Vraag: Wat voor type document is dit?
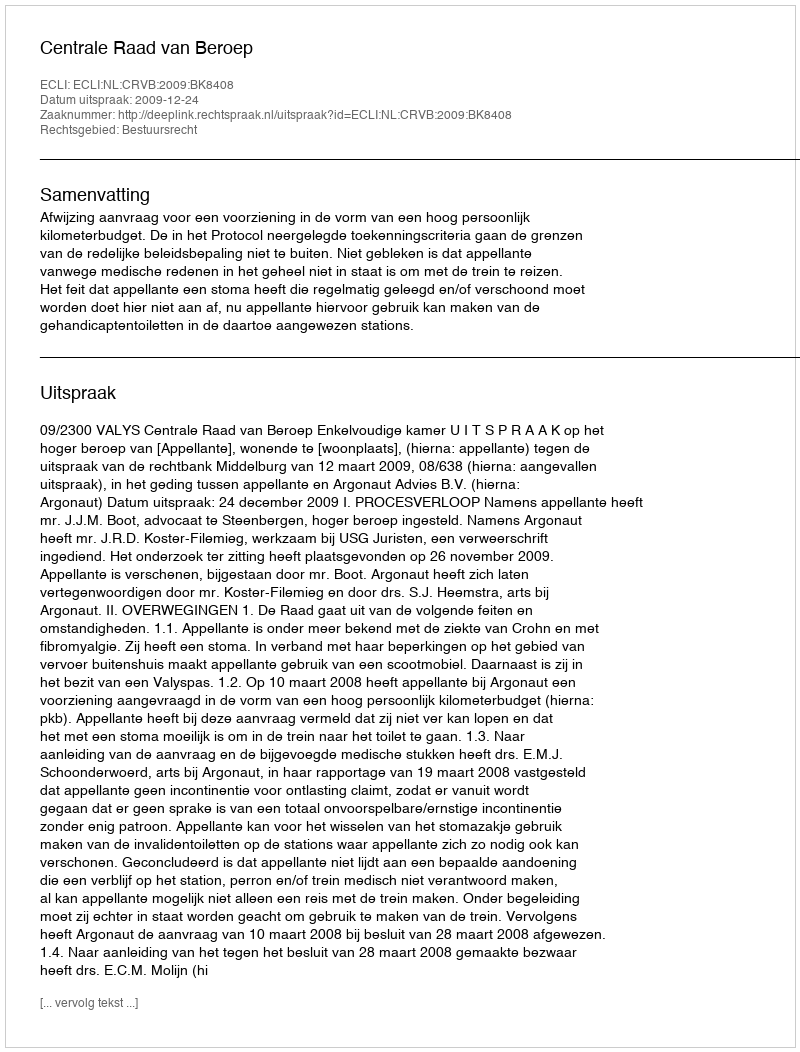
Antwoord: Uitspraak